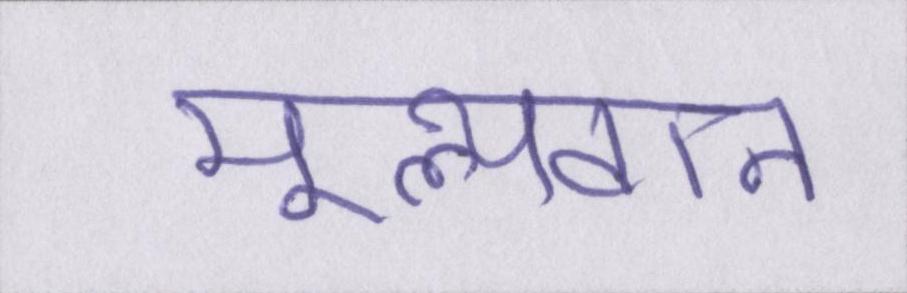
मूल्यवान